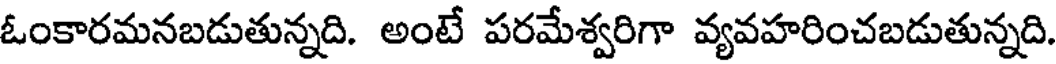
ఓంకారమనబడుతున్నది. అంటే పరమేశ్వరిగా వ్యవహరించబడుతున్నది.